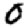
Digit: 0